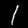
Label: 1